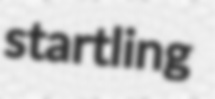
startling